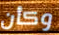
وكأن